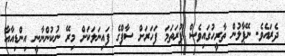
ދެރައެވެ. ނޭޕާލުން ތާރީހުގައިވެސް ފުރަތަމަ ފަހަރަށް ސާފްގެ ފައިނަލަކަށް މިރޭ ނުކުންނާނީ އިންޑިއާއާ